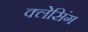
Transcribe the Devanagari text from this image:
क्लेसिंग